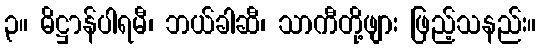
၃။ ဓိဋ္ဌာန်ပါရမီ၊ ဘယ်ခါဆီ၊ သာကီတို့ဖျား ဖြည့်သနည်း။